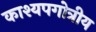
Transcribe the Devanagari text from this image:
काश्यपगोत्रीय